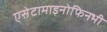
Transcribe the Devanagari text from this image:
एसेटामाइनोफिनभी